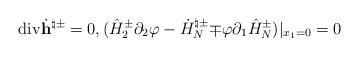
LaTeX: \begin{align*}\mathrm{div}\dot{\mathbf h}^{\natural\pm}=0,(\hat{H}^{\pm}_2\partial_2\varphi-\dot{H}^{\natural\pm}_N{\mp}\varphi\partial_1\hat{H}^{\pm}_N)|_{x_1=0}=0\end{align*}